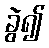
ခွဲ၍